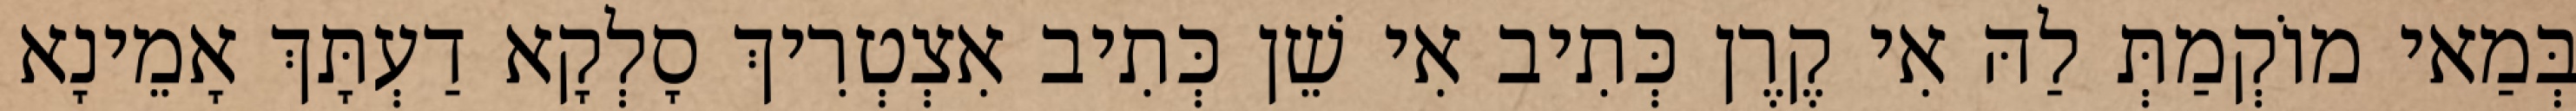
בְּמַאי מוֹקְמַתְּ לַהּ אִי קֶרֶן כְּתִיב אִי שֵׁן כְּתִיב אִצְטְרִיךְ סָלְקָא דַעְתָּךְ אָמֵינָא